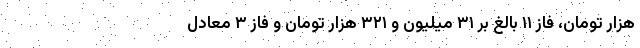
هزار تومان، فاز ۱۱ بالغ بر ۳۱ میلیون و ۳۲۱ هزار تومان و فاز ۳ معادل